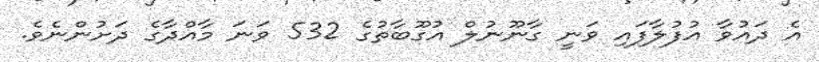
އެ ދައުވާ އުފުލާފައި ވަނީ ގާނޫނުލް އުގޫބާތުގެ 532 ވަނަ މާއްދާގެ ދަށުންނެވެ.